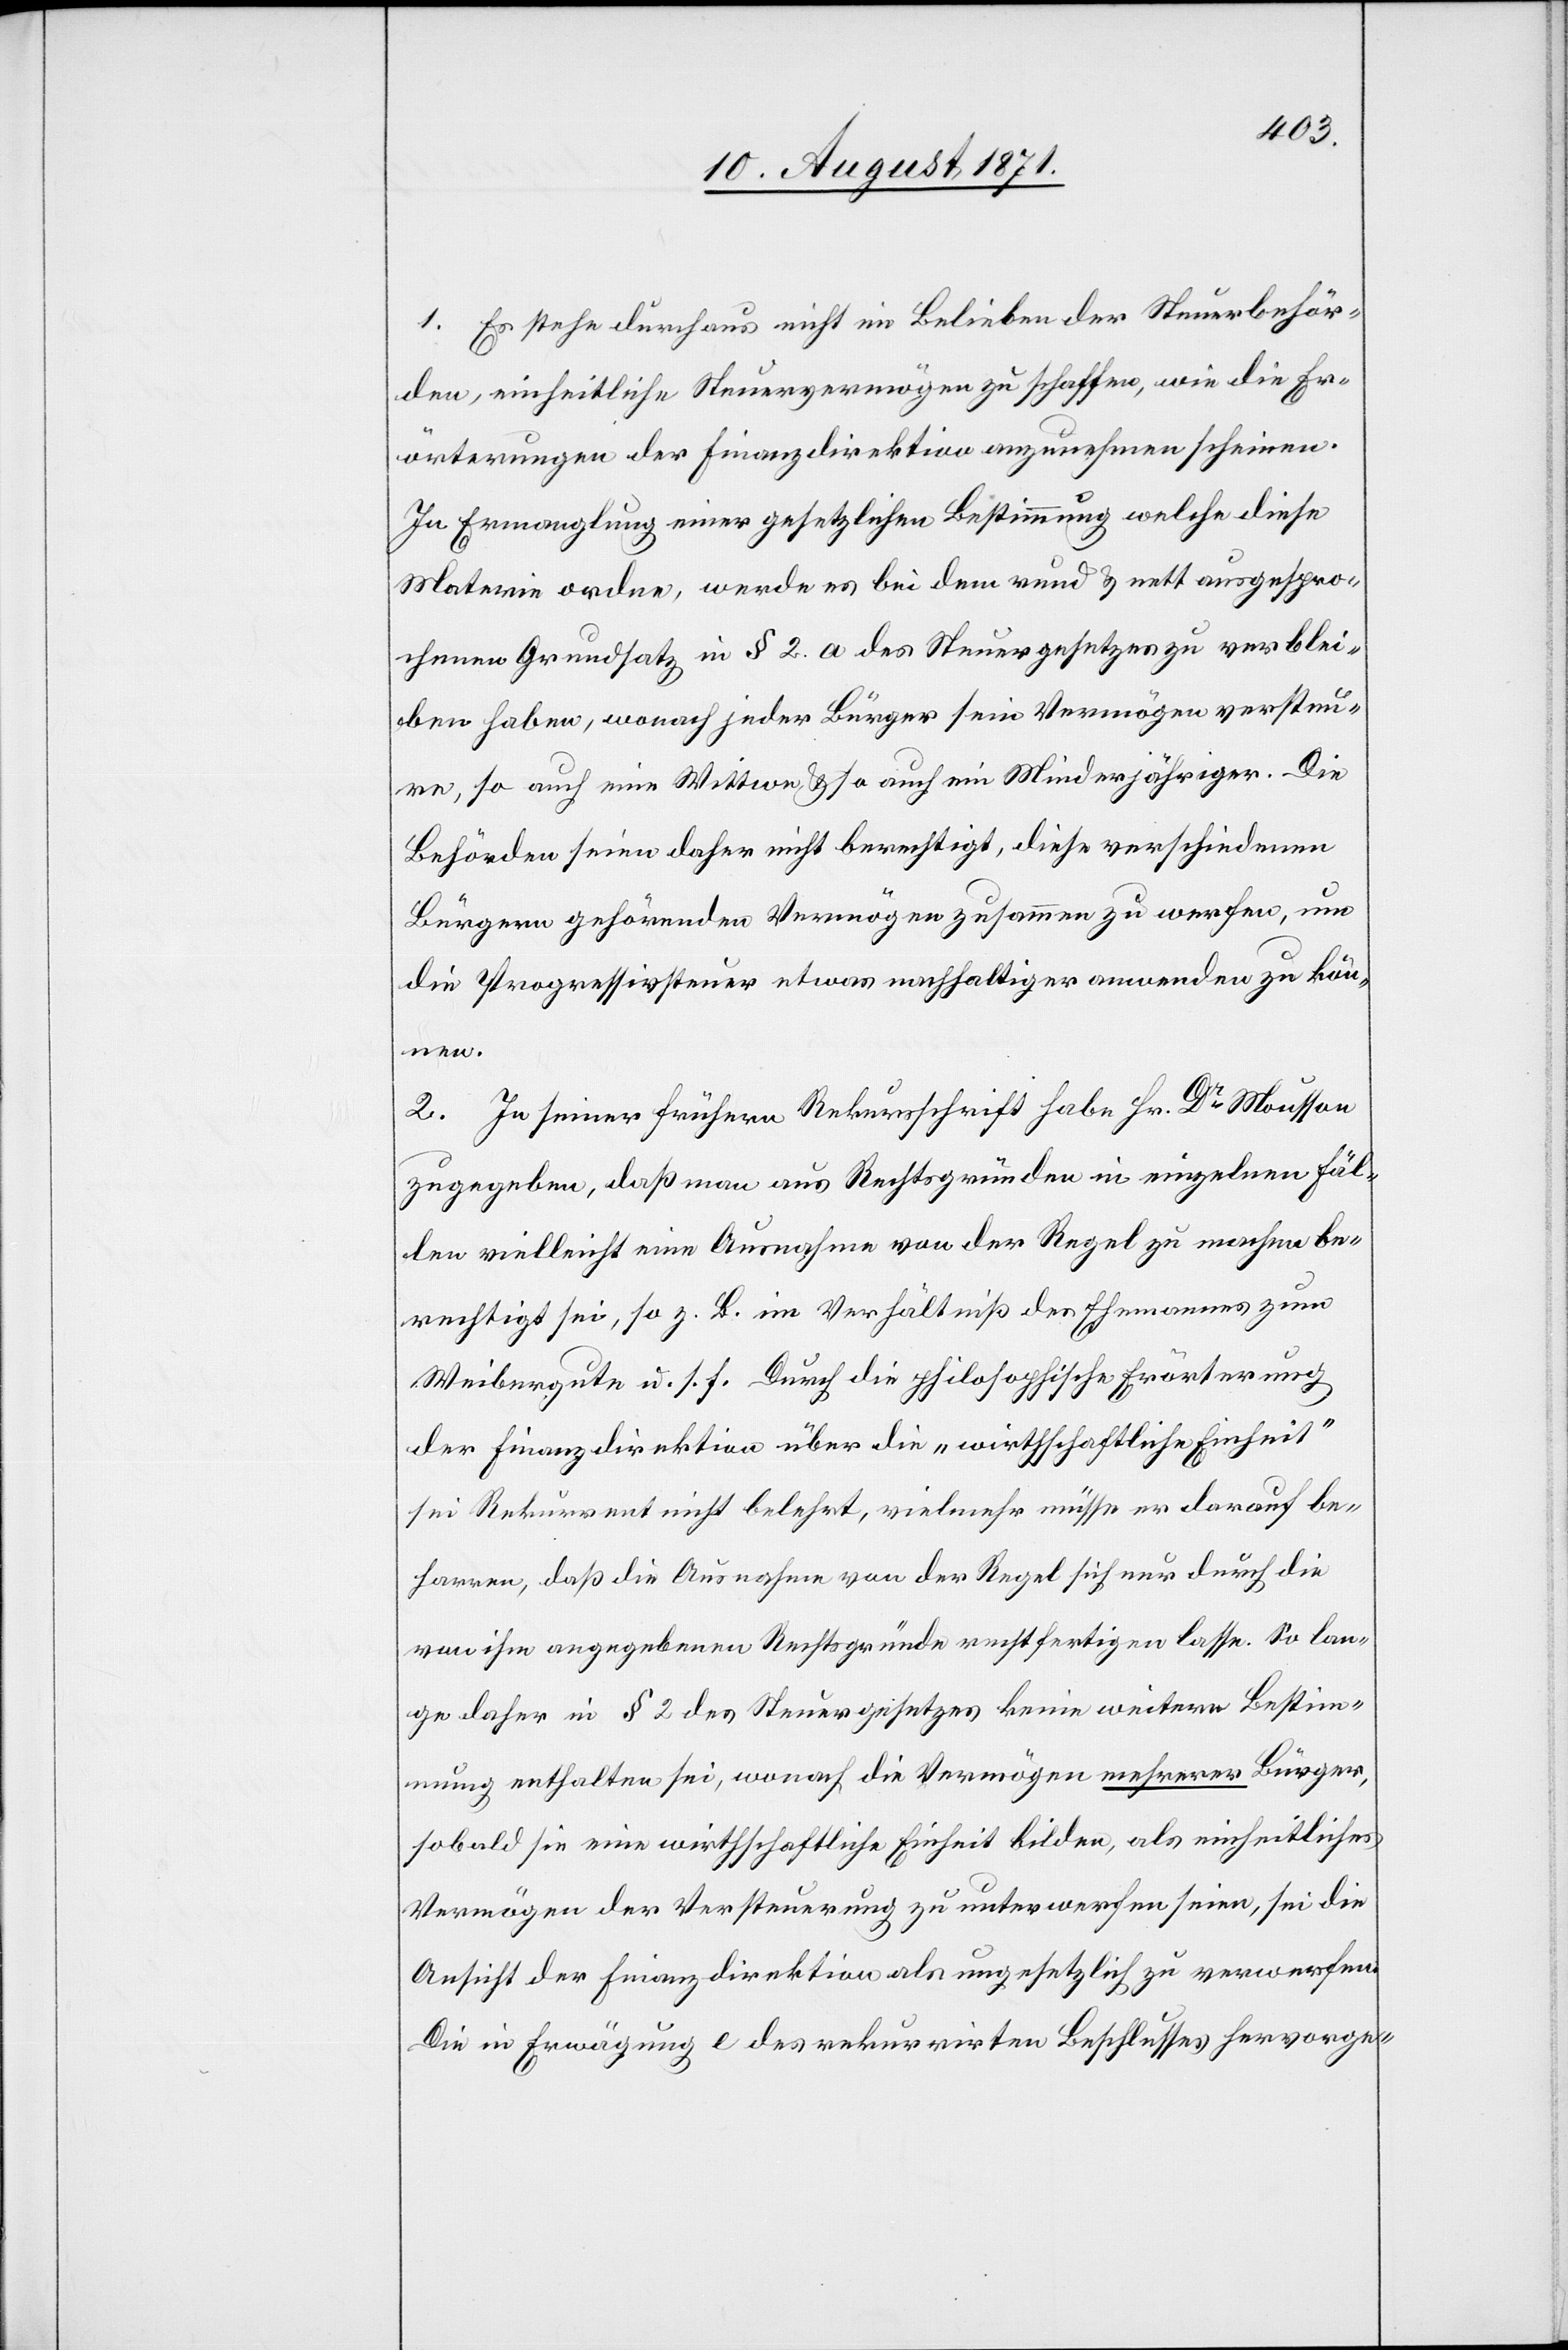
1. Es stehe durchaus nicht im Belieben der Steuerbehör¬
den, einheitliche Steuervermögen zu schaffen, wie die Er¬
örterungen der Finanzdirektion anzunehmen scheinen.
In Ermanglung einer gesetzlichen Bestimmung welche diese
Materie ordne, werde es bei dem rund & nett ausgespro¬
chenen Grundsatz in § 2. a des Steuergesetzes zu verblei¬
ben haben, worauf jeder Bürger sein Vermögen versteu¬
re, so auch eine Mutter & so auch ein Minderjähriger. Die
Behörden seien daher nicht berechtigt, diese verschiedenen
Bürgern gehörenden Vermögen zusammen zu werfen, um
die Progressivsteuer etwas nachhaltiger verwenden zu kön¬
nen.
2. Zu seiner früheren Rekursschrift habe Hr. Dr Mousson
zugegeben, daß man aus Rechtsgründen in einzelnen Fäl¬
len vielleicht eine Ausnahme von der Regel zu machen be¬
rechtigt sei, so z. B. im Verhältniß des Ehemannes zum
Weibergute u. s. f. Durch die philosophische Erörterung
der Finanzdirektion über die „wirthschaftliche Einheit“
sei Rekurrent nicht belehrt, vielmehr müsse er darauf be¬
harren, daß die Ausnahme von der Regel sich nur durch die
von ihm angegebenen Rechtsgründe rechtfertigen lasse. So lan¬
ge daher in § 2 des Steuergesetzes keine weitere Bestimm¬
ung enthalten sei, worauf die Vermögen mehrerer Bürger,
sobald sie eine wirthschaftliche Einheit bilden, als einheitliches
Vermögen der Versteuerung zu unterwerfen seien, sei die
Ansicht der Finanzdirektion als ungesetzlich zu verwerfen.
Die in Erwägung e des rekurrirten Beschlusses hervorge-